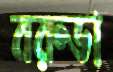
বরুডা